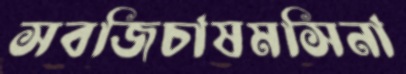
সবজিচাষমসিনা